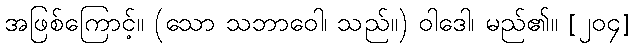
အဖြစ်ကြောင့်။ (သော သဘာဝေါ၊ သည်။) ဝါဒေါ၊ မည်၏။ [၂၀၄]